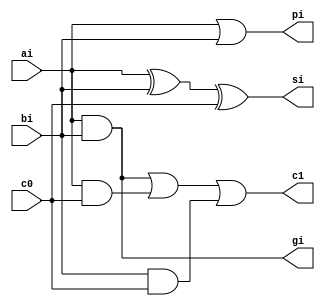
`timescale 1ns/1ns
module fulladderasi(input ai,bi,c0,output si,c1,gi,pi);
  assign #(86) si = ai ^ bi ^ c0;
  assign #(62) c1 = ( ai & bi)|(ai & c0)|(bi&c0);
  assign #(19) pi = ai | bi;
  assign #(17) gi = ai & bi;
endmodule